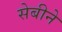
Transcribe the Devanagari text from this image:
सेबीने